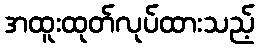
အထူးထုတ်လုပ်ထားသည့်